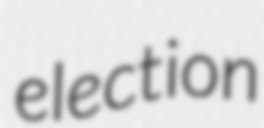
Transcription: election